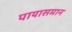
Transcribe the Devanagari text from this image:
पायासमान